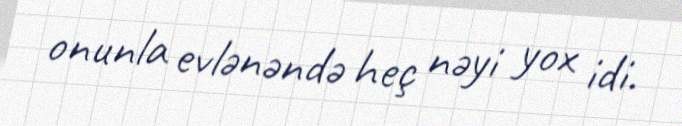
onunla evlənəndə heç nəyi yox idi.